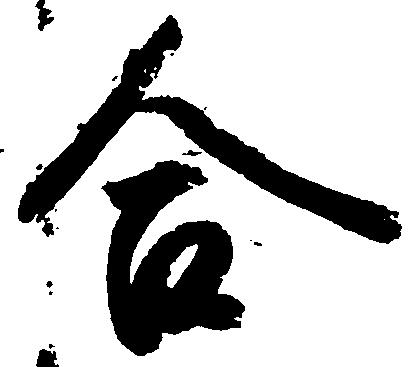
合